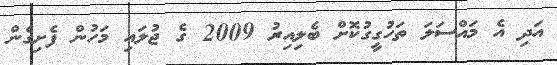
އަދި އެ މައްސަލަ ތަހުގީގުކޮށް ބެލިއިރު 2009 ގެ ޖުލައި މަހުން ފެށިގެން